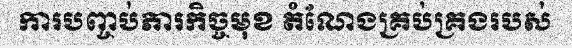
ការបញ្ចប់ភារកិច្ចមុខ តំណែងគ្រប់គ្រងរបស់